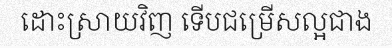
ដោះស្រាយវិញ ទើបជម្រើសល្អជាង